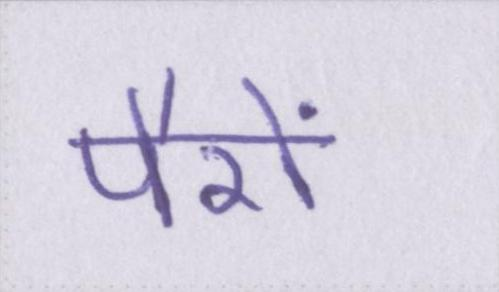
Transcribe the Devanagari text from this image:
पैरों